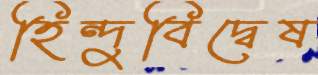
হিন্দুবিদ্বেষ